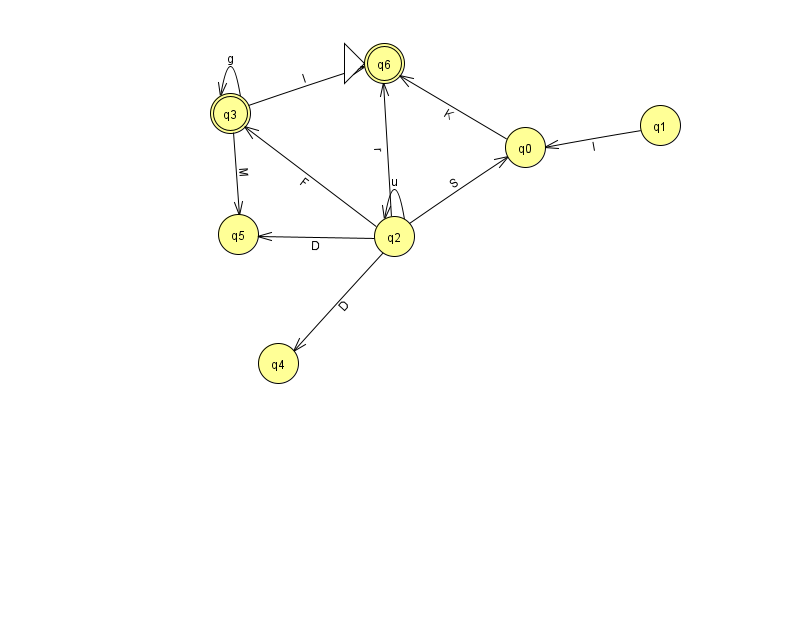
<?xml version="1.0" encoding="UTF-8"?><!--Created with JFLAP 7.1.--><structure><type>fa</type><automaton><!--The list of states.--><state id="0" name="q0"><x>525.0</x><y>134.0</y></state><state id="1" name="q1"><x>660.0</x><y>112.0</y></state><state id="2" name="q2"><x>394.0</x><y>223.0</y></state><state id="3" name="q3"><x>230.0</x><y>100.0</y><final/></state><state id="4" name="q4"><x>278.0</x><y>350.0</y></state><state id="5" name="q5"><x>238.0</x><y>221.0</y></state><state id="6" name="q6"><x>384.0</x><y>50.0</y><initial/><final/></state><!--The list of transitions.--><transition><from>1</from><to>0</to><read>l</read></transition><transition><from>2</from><to>3</to><read>F</read></transition><transition><from>2</from><to>2</to><read>u</read></transition><transition><from>3</from><to>5</to><read>M</read></transition><transition><from>3</from><to>6</to><read>l</read></transition><transition><from>3</from><to>3</to><read>g</read></transition><transition><from>2</from><to>5</to><read>D</read></transition><transition><from>0</from><to>6</to><read>K</read></transition><transition><from>2</from><to>4</to><read>D</read></transition><transition><from>2</from><to>0</to><read>S</read></transition><transition><from>2</from><to>6</to><read>r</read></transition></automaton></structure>